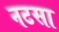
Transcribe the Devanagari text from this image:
नटसा